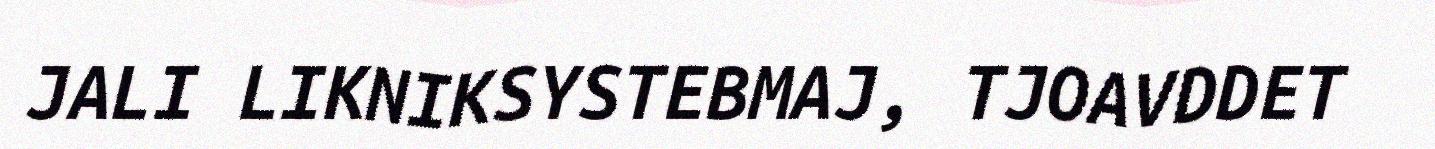
JALI LIKNIKSYSTEBMAJ, TJOAVDDET